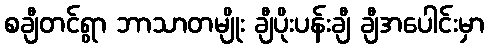
စချီတင်ရွာ ဘာသာတမျိုး ချီပိုးပန်းချီ ချီအပေါင်းမှာ